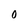
Character: 0